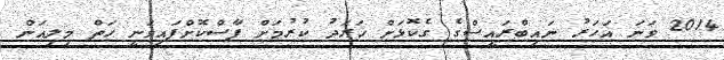
2014 ވަނަ އަހަރު ނައިބްރައީސްގެ ގެކޮޅަށް ޚަރަދު ކުރުމަށް ފާސްކޮށްފައިވަނީ ހަތް މިލިއަން